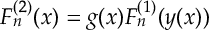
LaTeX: { \cal F } _ { n } ^ { ( 2 ) } ( x ) = g ( x ) { \cal F } _ { n } ^ { ( 1 ) } ( y ( x ) )